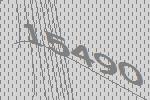
15490